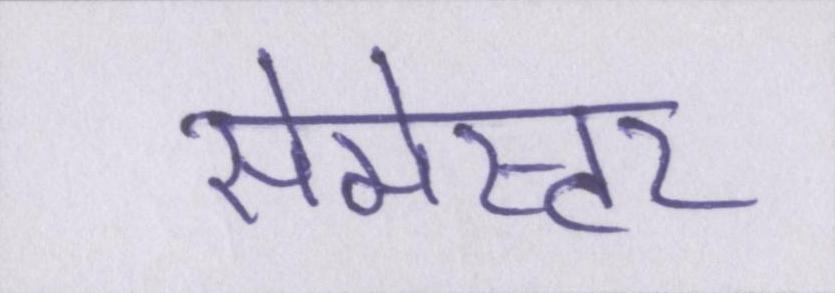
सेमेस्टर